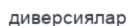
диверсиялар